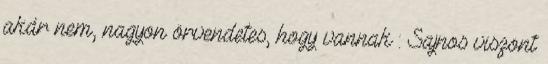
akár nem, nagyon örvendetes, hogy vannak : Sajnos viszont